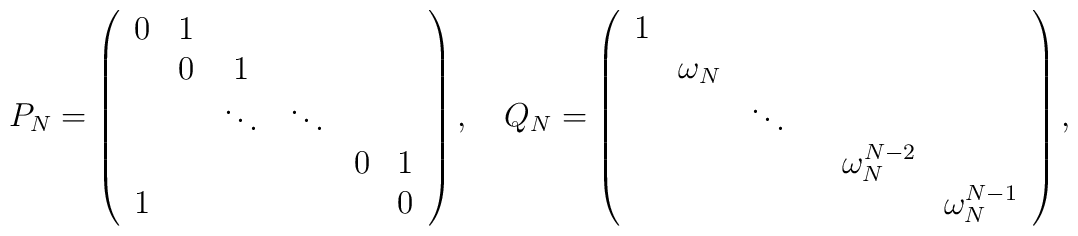
P_N=\left( \begin{array}{cccccc}0 & 1 &   &  &  &  \\  & 0 & 1 &  &  &   \\  &   & \ddots & \ddots &  &  \\  &   &        &        & 0  & 1\\1 &  & & &  & 0\end{array} \right),\quad Q_N=\left( \begin{array}{cccccc}1 &  &   &  &  &  \\  & \omega_N &   &  &  &   \\  &   & \ddots &  &  &  \\  &   &        &        & \omega_N^{N-2}  & \\  &  & & &  & \omega_N^{N-1}\end{array} \right),